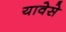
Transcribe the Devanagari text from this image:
यावेसे